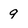
Character: 9